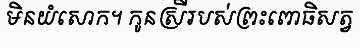
មិនយំសោក។ កូនស្រីរបស់ព្រះពោធិសត្វ